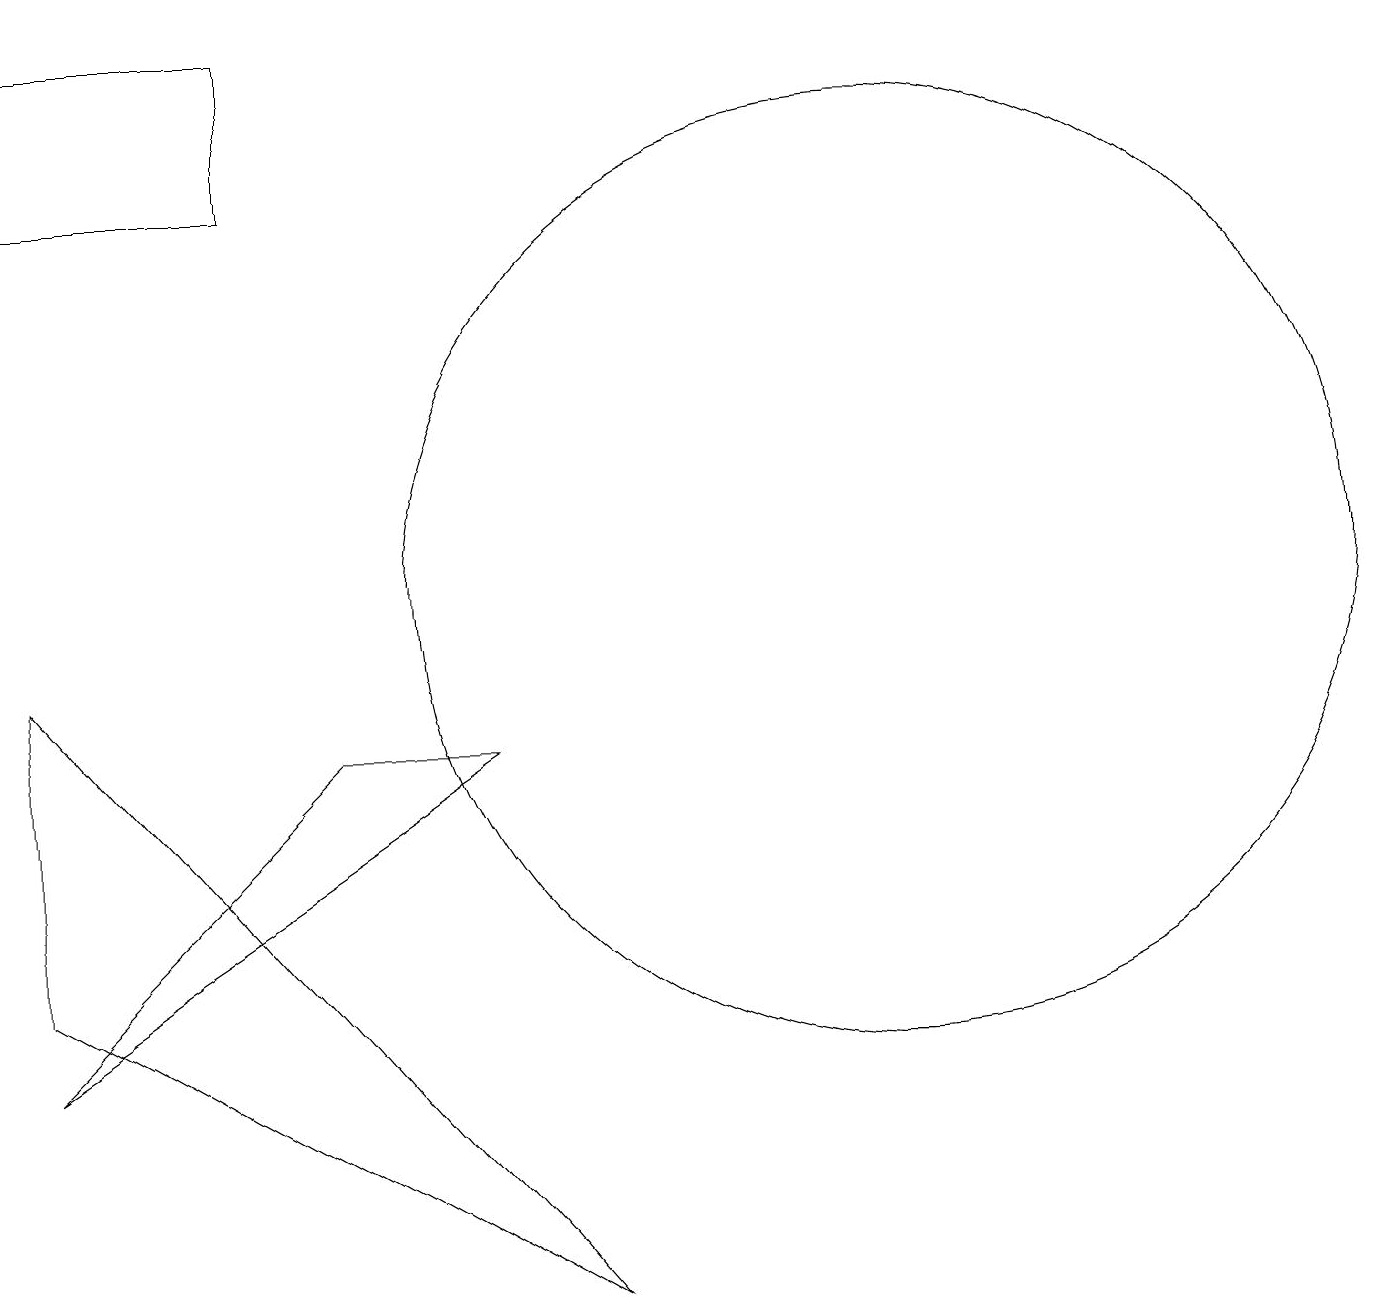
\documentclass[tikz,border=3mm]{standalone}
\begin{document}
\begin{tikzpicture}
\draw (0,4) -- (6,8) -- (4,8) -- cycle;
\draw (11,10) circle (6);
\draw (0,9) -- (0,5) -- (7,1) -- cycle;
\draw (0,15) rectangle (3,17);
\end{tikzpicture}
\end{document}